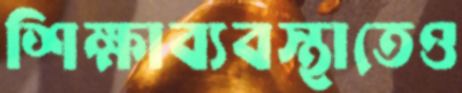
শিক্ষাব্যবস্থাতেও